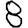
Digit: 8